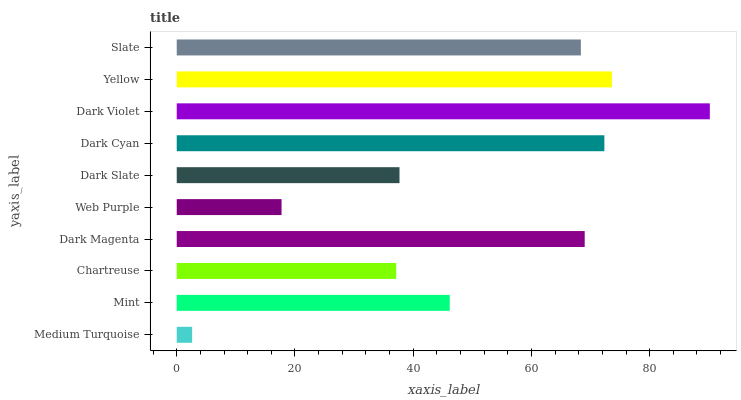
| yaxis_label | bars |
 | --- | --- |
 | Medium Turquoise | 2.61 |
 | Mint | 46.2 |
 | Chartreuse | 37.1 |
 | Dark Magenta | 69 |
 | Web Purple | 17.7 |
 | Dark Slate | 37.7 |
 | Dark Cyan | 72.3 |
 | Dark Violet | 90.2 |
 | Yellow | 73.6 |
 | Slate | 68.4 |